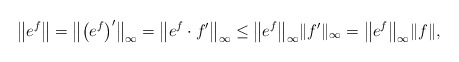
\begin{align*}\bigl\| e^f \bigr\|= \bigl\| \bigl( e^f \bigr)' \bigr\|_{\infty}= \bigl\| e^f \cdot f' \bigr\|_{\infty}\leq \bigl\| e^f \bigr\|_{\infty} \| f'\|_{\infty}= \bigl\| e^f \bigr\|_{\infty} \|f\|,\end{align*}